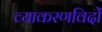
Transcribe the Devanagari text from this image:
व्याकरणविदों